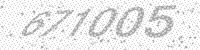
Solution: 677005